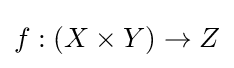
f:(X\times Y)\to Z